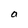
Character: a